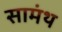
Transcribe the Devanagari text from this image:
सामंथ